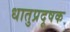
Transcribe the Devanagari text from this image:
धातुप्रदूषक